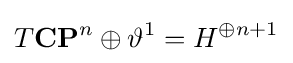
T\mathbf {CP} ^{n}\oplus \vartheta ^{1}=H^{\oplus n+1}